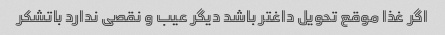
اگر غذا موقع تحویل داغتر باشد دیگر عیب و نقصی ندارد باتشکر